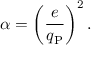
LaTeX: \alpha = \left( { \frac { e } { q _ { \mathrm { P } } } } \right) ^ { 2 } .